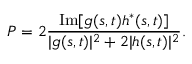
P = 2 { \frac { \mathrm { I m } [ g ( s , t ) h ^ { \ast } ( s , t ) ] } { | g ( s , t ) | ^ { 2 } + 2 | h ( s , t ) | ^ { 2 } } } .